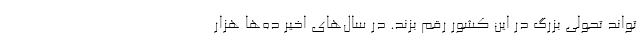
‌تواند تحولی بزرگ در این کشور رقم بزند. در سال‌های اخیر ده‌ها هزار